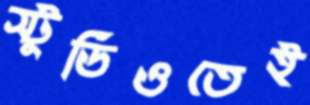
স্টুডিওতেই